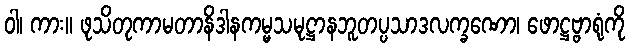
ဝါ၊ ကား။ ဖုသိတုကာမတာနိဒါနကမ္မသမုဋ္ဌာနဘူတပ္ပသာဒလက္ခဏော၊ ဖောဋ္ဌဗ္ဗာရုံကို